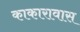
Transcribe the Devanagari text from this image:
काकारावास